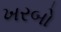
ખરબો